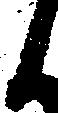
候